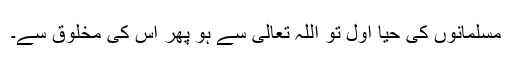
مسلمانوں کی حیا اوّل تو اللہ تعالیٰ سے ہو پھر اس کی مخلوق سے۔